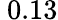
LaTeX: \ 0.13